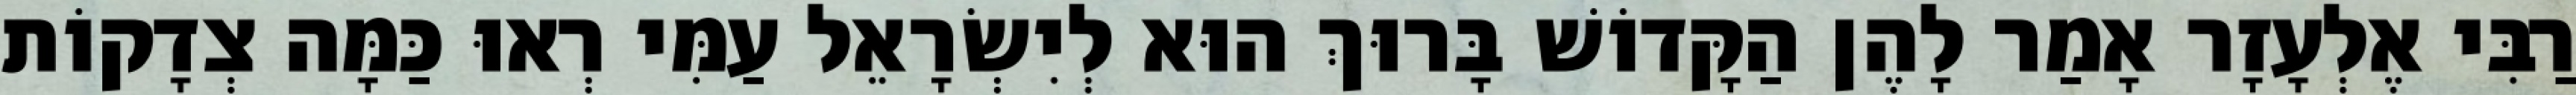
רַבִּי אֶלְעָזָר אָמַר לָהֶן הַקָּדוֹשׁ בָּרוּךְ הוּא לְיִשְׂרָאֵל עַמִּי רְאוּ כַּמָּה צְדָקוֹת